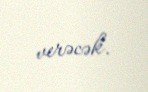
verəcək.